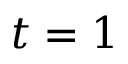
t = 1